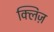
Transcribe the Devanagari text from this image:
क्लिज़